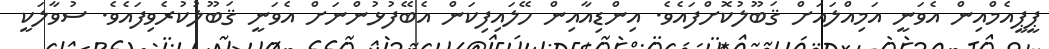
ޕީޕީއެމްއިން އެވަނީ އަމިއްލައަށް ޤަބޫލުކޮށްފައެވެ. އިންޑިއާއިން ހޭލަައިފިކަން އެބޭފުޅުންނަށް އެވަނީ ޤަބޫލުކުރެވިފައެވެ. ސުވާލަކީ